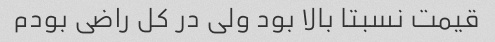
قیمت نسبتا بالا بود ولی در کل راضی بودم